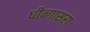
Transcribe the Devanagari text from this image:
धीन्गासरा